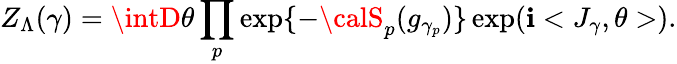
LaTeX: Z_{\Lambda}(\gamma)=\intD\theta\prod_{p}\exp\{ -{\calS}_{p}(g_{\gamma_{p}})\} \exp(\mathbf{i}<J_{\gamma},\theta>).